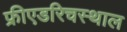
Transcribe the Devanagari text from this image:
फ्रीएडरिचस्थाल